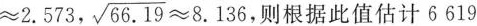
\approx 2 . 5 7 3$$, $$\sqrt{66.19} \approx 8 . 1 3 6$$ ，则根据此值估计6619